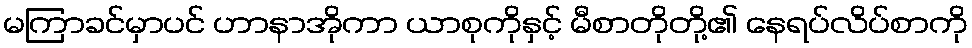
မကြာခင်မှာပင် ဟာနာအိုကာ ယာစုကိုနှင့် မီစာတိုတို့၏ နေရပ်လိပ်စာကို